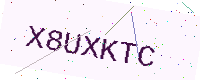
Text: X8UXKTC